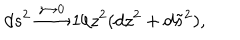
d s ^ { 2 } \stackrel { z \rightarrow 0 } { \longrightarrow } 1 / z ^ { 2 } ( d z ^ { 2 } + d \tilde { s } ^ { 2 } ) ,